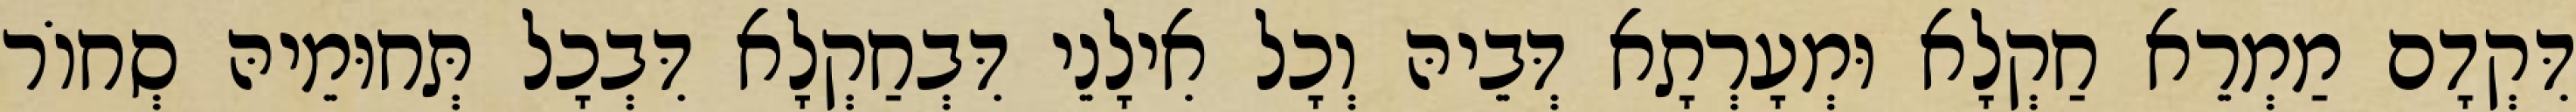
דִּקְדָם מַמְרֵא חַקְלָא וּמְעָרְתָא דְּבֵיהּ וְכָל אִילָנֵי דִּבְחַקְלָא דִּבְכָל תְּחוּמֵיהּ סְחוֹר